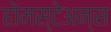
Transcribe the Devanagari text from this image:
होमस्टेअन्स